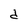
Character: d